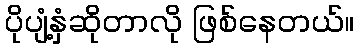
ပိုပျံ့နှံဆိုတာလို ဖြစ်နေတယ်။